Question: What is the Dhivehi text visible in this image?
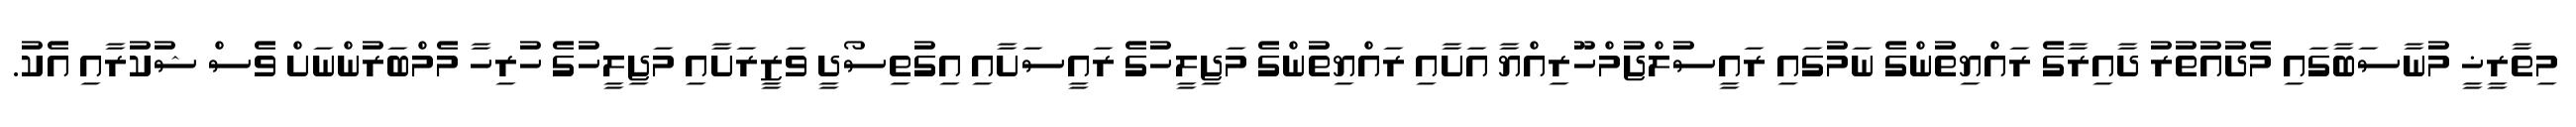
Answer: މިތާރީޚީ މުނާސަބާގައި މެދުއުތުރު ދާއިރާގެ ރައްޔިތުންގެ ނަމުގައި ރައީސުލްޖުމްހޫރިއްޔާ އަށާއި ރައްޔިތުންގެ މަޖިލީހުގެ ރައީސަށާއި އިގުތިސޯދީ ވަޒީރަށާއި މަޖިލީހުގެ ހުރިހާ މެމްބަރުންނަށް ވެސް ޝުކުރާއި އެކު.